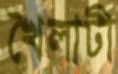
খৈলাটী